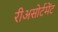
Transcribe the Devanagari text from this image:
रीअसोर्टमेंट